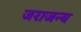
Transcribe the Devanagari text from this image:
जराजन्य